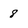
Character: 8